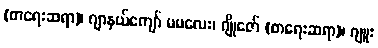
(စာရေးဆရာ)၊ ဂျာနယ်ကျော် မမလေး၊ ဂျိုဇော် (စာရေးဆရာ)၊ ဂျူး